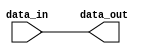
module compensated_bidirectional_buffer (
    input wire data_in,
    output reg data_out
);

assign data_out = data_in;

endmodule